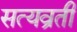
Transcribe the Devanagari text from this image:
सत्यव्रती